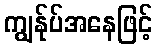
ကျွန်ုပ်အနေဖြင့်